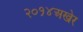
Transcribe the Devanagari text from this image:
२०१४अखेर